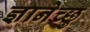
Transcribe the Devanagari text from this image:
ज्ञानेच्छु